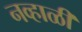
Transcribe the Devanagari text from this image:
नव्हाळी